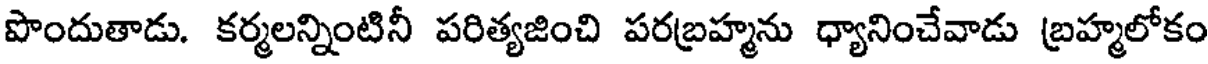
పొందుతాడు. కర్మలన్నింటినీ పరిత్యజించి పరబ్రహ్మను ధ్యానించేవాడు బ్రహ్మలోకం